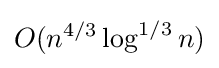
O(n^{4/3}\log ^{1/3}n)